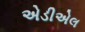
એડીએલ